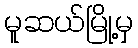
မူဆယ်မြို့မှ